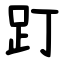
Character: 䟓